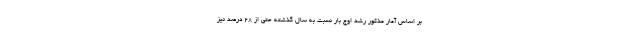
بر اساس آمار مذکور رشد اوج بار نسبت به سال گذشته حتی از 28 درصد نیز